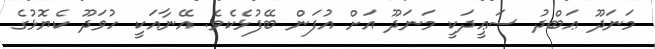
މަނަދޫ ޢަބްދު ސަޢީދަކީ މަނަދޫ އަށް އުފަން ބޭފުޅެކެވެ. އޭނާއަކީ ހުވަދޫ ކެޔޮޅުގެ